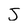
Character: J